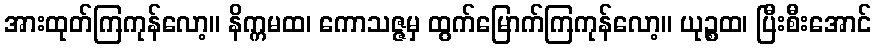
အားထုတ်ကြကုန်လော့။ နိက္ကမထ၊ ကောသဇ္ဇမှ ထွက်မြောက်ကြကုန်လော့။ ယုဉ္စထ၊ ပြီးစီးအောင်